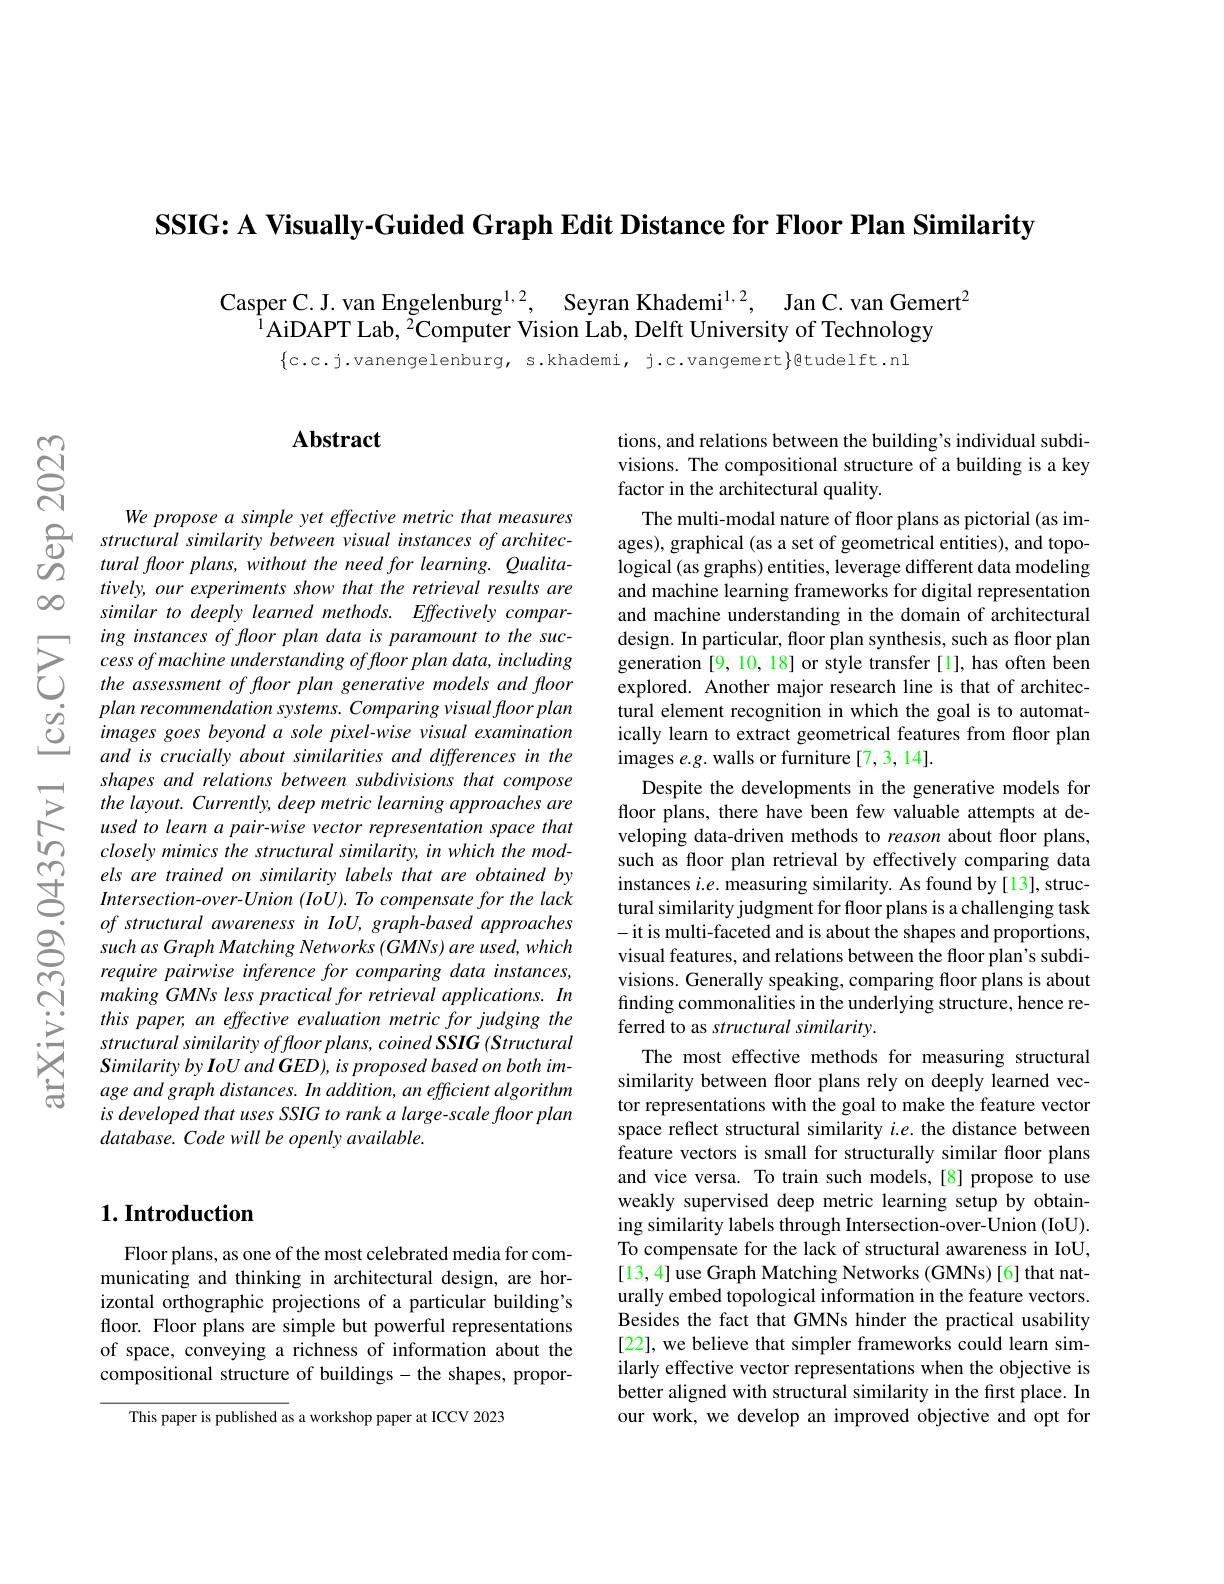
SSIG: A Visually-Guided Graph Edit Distance for Floor Plan Similarity

Casper C. J. van Engelenburg$^{1, 2}$, Seyran Khademi$^{1, 2}$, Jan C. van Gemert$^{\textcircled{\text{T}}}$
$^{\tilde{1}}$AiDAPT Lab, $^\tilde{2}$Computer Vision Lab, Delft University of Technology
$\{c.c.j.vanengelenburg,s.khademi,j.c.vangemert\}$gtudelft.nl

$ଟ୍ରି$

$\infty0$

## Abstract

We propose a simple yet effective metric that measures
$\bigoplus _{\textcircled {1}2}$ structural similarity between visual instances $of$ $architec- O_{2}$ tural floor $plans$, without the need for $learning.$ $Qualita-$
tively, our experiments show that the retrieval results are similar to deeply learned methods. Effectively comparing instances of floor plan data is paramount to the suc-
$\sum_{cessof\text{machine understanding offloor plan data s paramount to the suc- design. In particular, floor plan synthesis, such as floor plan splan synthesis, such as floor plan splan splan synthesis, such as floor plan cesign. In particular, including gene}}$
$\textcircled {2}$ plan recommendation $systems.$ Comparing visual floor planQimages goes beyond $a$ sole $pixel- wise$ visual examination
and is crucially about similarities and differences in the shapes and relations between subdivisions that compose the layout. Currently, deep metric learning approaches are used to learn a pair-wise vector representation space that closely mimics the structural similarity, in which the models are trained on similarity labels that are obtained by Intersection-over-Union (IoU). To compensate for the lack of structural awareness in IoU, graph-based approaches such as Graph Matching Networks (GMNs) are used, which require pairwise inference for comparing data instances, making GMNs less practical for retrieval applications. In this paper, an effective evaluation metric for judging the $structuralsimilarityoffloorplans,coinedSSIG(Structural$ $SimilaritybyIoUand\boldsymbol{G}ED),isproposedbasedonbothim-$ age and graph distances. In addition, an efficient algorithm is developed that uses SSIG to rank a large-scale floor plan $database. \textit{Code will be openly available. }$

## $1. \textbf{Introduction}$

Floor plans, as one of the most celebrated media for communicating and thinking in architectural design, are horizontal orthographic projections of a particular building's floor. Floor plans are simple but powerful representations of space, conveying a richness of information about the compositional structure of buildings- the shapes, propor-

This paper is published as a workshop paper at ICCV 2023

tions, and relations between the building's individual subdivisions. The compositional structure of a building is a key factor in the architectural quality.

The multi-modal nature of floor plans as pictorial (as images), graphical (as a set of geometrical entities), and topological (as graphs) entities, leverage different data modeling and machine learning frameworks for digital representation and machine understanding in the domain of architectural design. In particular, floor plan synthesis, such as floor plan tural element recognition in which the goal is to automatically learn to extract geometrical features from floor plan images $e.g.$ walls or furniture [7,3,14].
Despite the developments in the generative models for floor plans, there have been few valuable attempts at developing data-driven methods to reason about floor plans, such as floor plan retrieval by effectively comparing data instances $i.e.$ measuring similarity. As found by [13], structural similarity judgment for floor plans is a challenging task - it is multi-faceted and is about the shapes and proportions, visual features, and relations between the floor plan's subdivisions. Generally speaking, comparing floor plans is about finding commonalities in the underlying structure, hence referred to as structural similarity.
The most effective methods for measuring structural similarity between floor plans rely on deeply learned vector representations with the goal to make the feature vector space reflect structural similarity $i.e.$ the distance between feature vectors is small for structurally similar floor plans and vice versa. To train such models,[8] propose to use weakly supervised deep metric learning setup by obtaining similarity labels through Intersection-over-Union (IoU). To compensate for the lack of structural awareness in IoU, [13,4] use Graph Matching Networks (GMNs) [6] that naturally embed topological information in the feature vectors. Besides the fact that GMNs hinder the practical usability [22], we believe that simpler frameworks could learn similarly effective vector representations when the objective is better aligned with structural similarity in the first place. In our work, we develop an improved objective and opt for